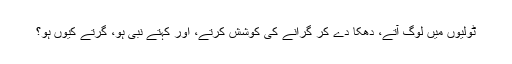
ٹولیوں میں لوگ آتے، دھکا دے کر گرانے کی کوشش کرتے، اور کہتے نبی ہو، گرتے کیوں ہو؟